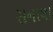
સનાલા